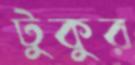
টুকুর